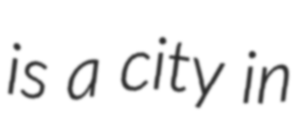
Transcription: is a city in